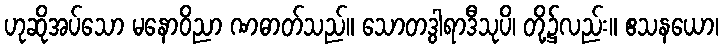
ဟုဆိုအပ်သော မနောဝိညာ ဏဓာတ်သည်။ သောတဒွါရာဒီသုပိ၊ တို့၌လည်း။ ဧသနယော၊